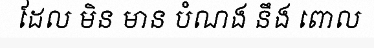
ដែល មិន មាន បំណង នឹង ពោល